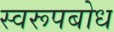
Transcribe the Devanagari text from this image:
स्वरूपबोध